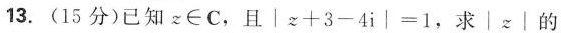
13.(15分)已知z\in C，且$$│z + 3 - 4 i │ = 1$$，求│z│的